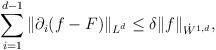
LaTeX: \begin{align*}\sum_{i=1}^{d-1} \|\partial_i (f-F)\|_{L^d} \leq \delta \|f\|_{\dot{W}^{1,d}},\end{align*}